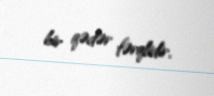
bir qədər fərqlidir.